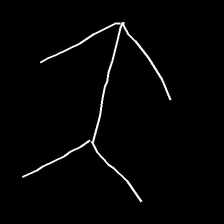
Glyph: gather